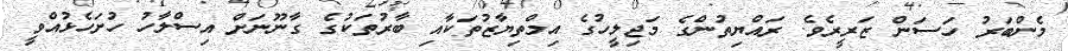
މެންބަރު ހަސަން ޒަރީރެވެ. ރައްޔިތުންގެ މަޖިލީހުގެ އިމްތިޔާޒުތަކާއި ބާރުތަކުގެ ގާނޫނަށް އިސްލާހު ހުށަހެޅުއްވީ